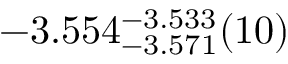
- 3 . 5 5 4 _ { - 3 . 5 7 1 } ^ { - 3 . 5 3 3 } ( 1 0 )